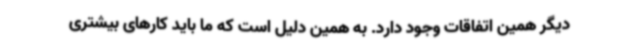
دیگر همین اتفاقات وجود دارد. به همین دلیل است که ما باید کارهای بیشتری